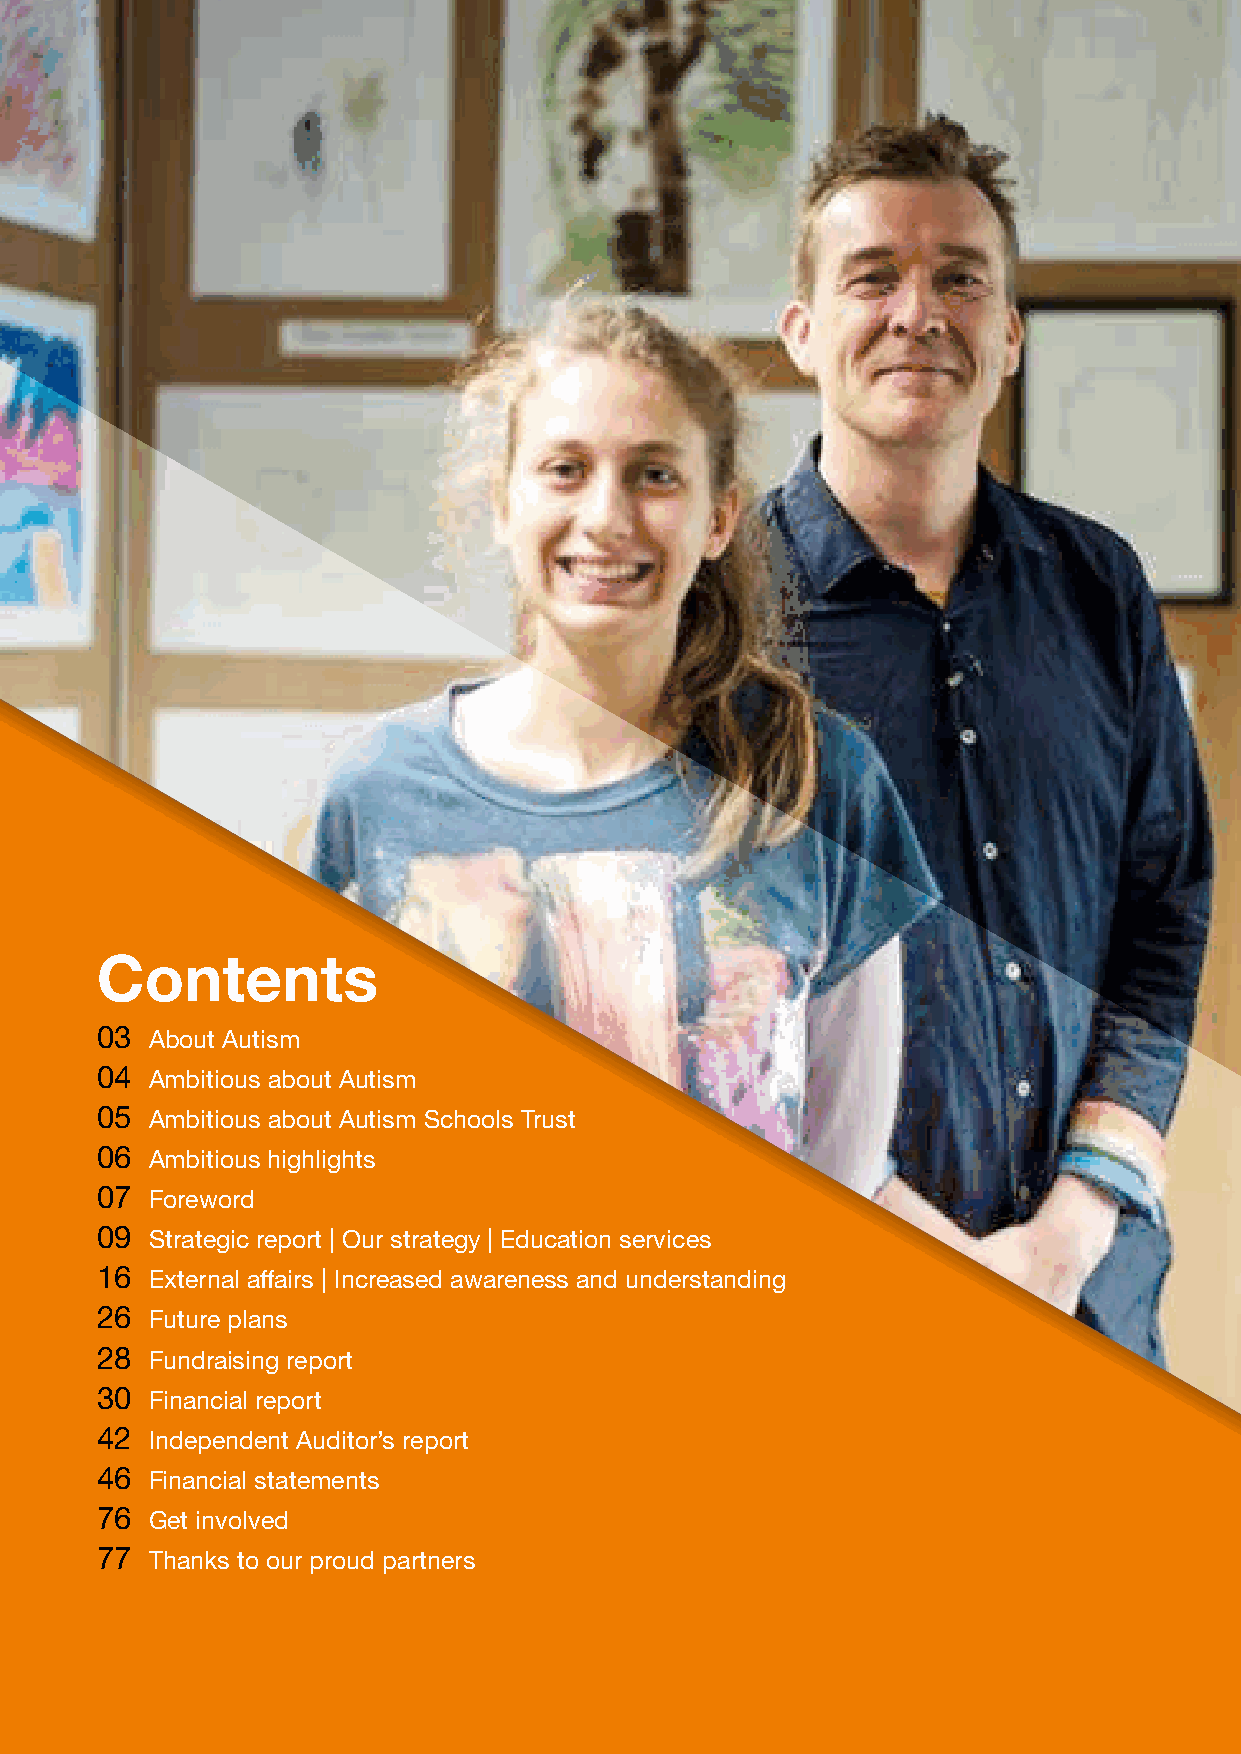
Contents
 03  About Autism
 04  Ambitious about Autism
 05  Ambitious about Autism Schools Trust
 06  Ambitious highlights
 07  Foreword
 09  Strategic report | Our strategy | Education services
 16  External affairs | Increased awareness and understanding
 26  Future plans
 28  Fundraising report
 30  Financial report
 42  Independent Auditor’s report
 46  Financial statements
 76  Get involved
 77  Thanks to our proud partners
 2